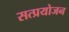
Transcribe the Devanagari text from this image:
सत्प्रयोजन